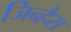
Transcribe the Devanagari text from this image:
जिन्हैरा